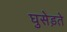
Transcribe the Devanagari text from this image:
घुसेड़ते